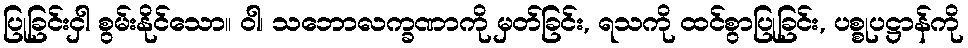
ပြုခြင်းငှါ စွမ်းနိုင်သော။ ဝါ၊ သဘောလက္ခဏာကို မှတ်ခြင်း, ရသကို ထင်စွာပြုခြင်း, ပစ္စုပဋ္ဌာန်ကို